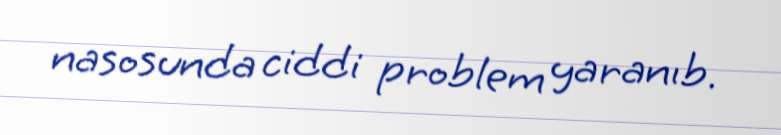
nasosunda ciddi problem yaranıb.